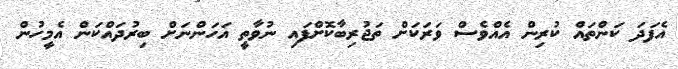
އެފަދަ ކަންތައް ކުރިން އެއްވެސް ވަރަކަށް ތަޖުރިބާކޮށްފައި ނުވާތީ އަހަންނަށް ބިރުދައްކަން އެމީހުން